Annual report of lunatic asylums [Bombay] - 1912-1922
Year: 1912
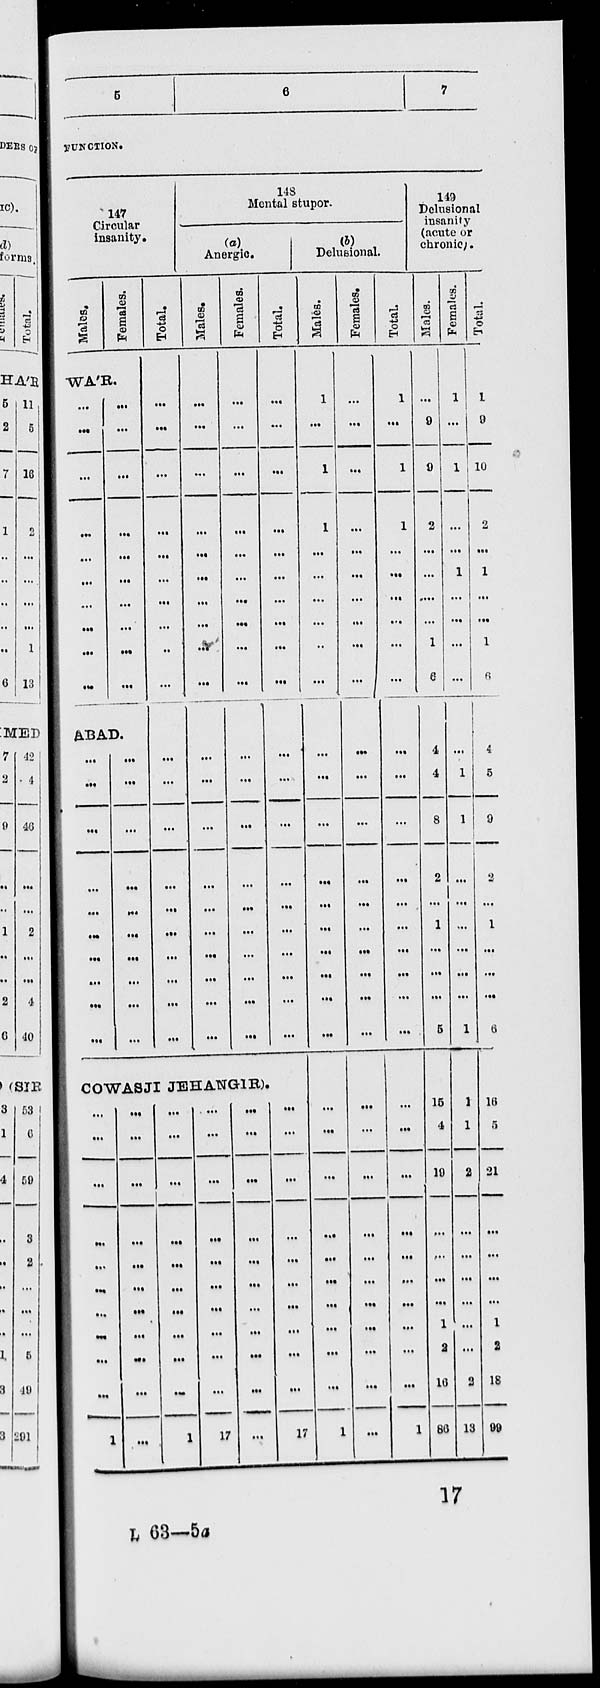
5
6
7
FUNCTION.
147
Circular
insanity.
Males.
Females.
WA'R.
...
...
...
...
...
...
...
...
...
...
...
...
...
...
...
...
...
...
...
...
ABAD.
...
...
...
...
...
...
...
...
...
...
...
...
...
...
...
...
...
...
...
...
Total.
...
...
...
...
...
...
...
...
...
...
...
...
...
...
...
...
...
...
...
...
148
Mental stupor.
(a)
Anergic.
Males.
...
...
...
...
...
...
...
...
...
...
...
...
...
...
...
...
...
...
...
...
Females.
...
...
...
...
...
...
...
...
...
...
...
...
...
...
...
...
...
...
...
...
Total.
...
...
...
...
...
...
...
...
...
...
...
...
...
...
...
...
...
...
...
...
COWASJI JEHANGIR).
...
...
...
...
...
...
...
...
...
...
1
...
...
...
...
...
...
...
...
...
...
...
...
...
...
...
...
...
...
...
...
...
1
...
...
...
...
...
...
...
...
...
...
17
...
...
...
...
...
...
...
...
...
...
...
...
...
...
...
...
...
...
...
...
...
17
(b)
Delusional.
Males.
1
...
1
1
...
...
...
...
...
...
...
...
...
...
...
...
...
...
...
...
...
...
...
...
...
...
...
...
...
...
1
Females.
...
...
...
...
...
...
...
...
...
...
...
...
...
...
...
...
...
...
...
...
...
...
...
...
...
...
...
...
...
...
...
Total.
...
1
...
1
1
...
...
...
...
...
...
...
...
...
...
...
...
...
...
...
...
...
...
...
...
...
...
...
...
...
...
1
149
Delusional
insanity
(acute or
chronic).
Males.
...
9
9
2
...
...
....
...
1
6
4
4
8
2
...
1
...
...
...
5
15
4
19
...
...
...
...
1
2
16
86
Females.
1
...
1
...
...
1
...
...
...
...
...
1
1
...
...
...
...
...
...
1
1
1
2
...
...
...
...
...
...
2
13
Total.
1
9
10
2
...
1
...
...
1
6
4
5
9
2
...
1
...
...
...
6
16
5
21
...
...
...
...
1
2
18
99
L 63—5a
17